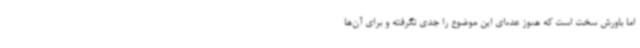
اما باورش سخت است که هنوز عده‌ای این موضوع را جدی نگرفته و برای آن‌ها